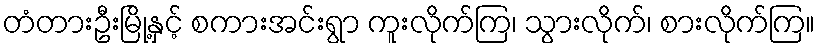
တံတားဦးမြို့နှင့် စကားအင်းရွာ ကူးလိုက်ကြ၊ သွားလိုက်၊ စားလိုက်ကြ။